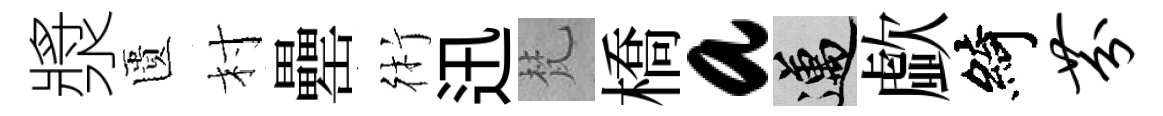
漿匱村罍術迅梵橋a邁歔綺芬